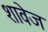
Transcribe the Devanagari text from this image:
शावेज